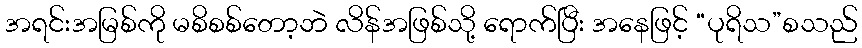
အရင်းအမြစ်ကို မစိစစ်တော့ဘဲ လိန်အဖြစ်သို့ ရောက်ပြီး အနေဖြင့် “ပုရိသ”စသည်